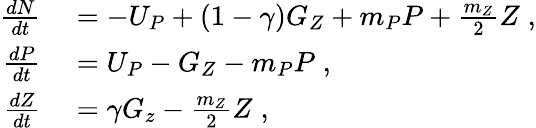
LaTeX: \begin{array}{rl}{\frac{dN}{dt}}&{{}=-U_{P}+(1-\gamma)G_{Z}+m_{P}P+\frac{m_{Z}}{2}Z\; ,}\\ {\frac{dP}{dt}}&{{}=U_{P}-G_{Z}-m_{P}P\; ,}\\ {\frac{dZ}{dt}}&{{}=\gamma G_{z}-\frac{m_{Z}}{2}Z\; ,}\end{array}